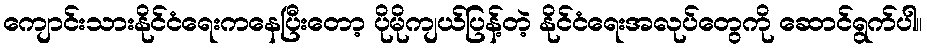
ကျောင်းသားနိုင်ငံရေးကနေပြီးတော့ ပိုမိုကျယ်ပြန့်တဲ့ နိုင်ငံရေးအလုပ်တွေကို ဆောင်ရွက်ပါ။